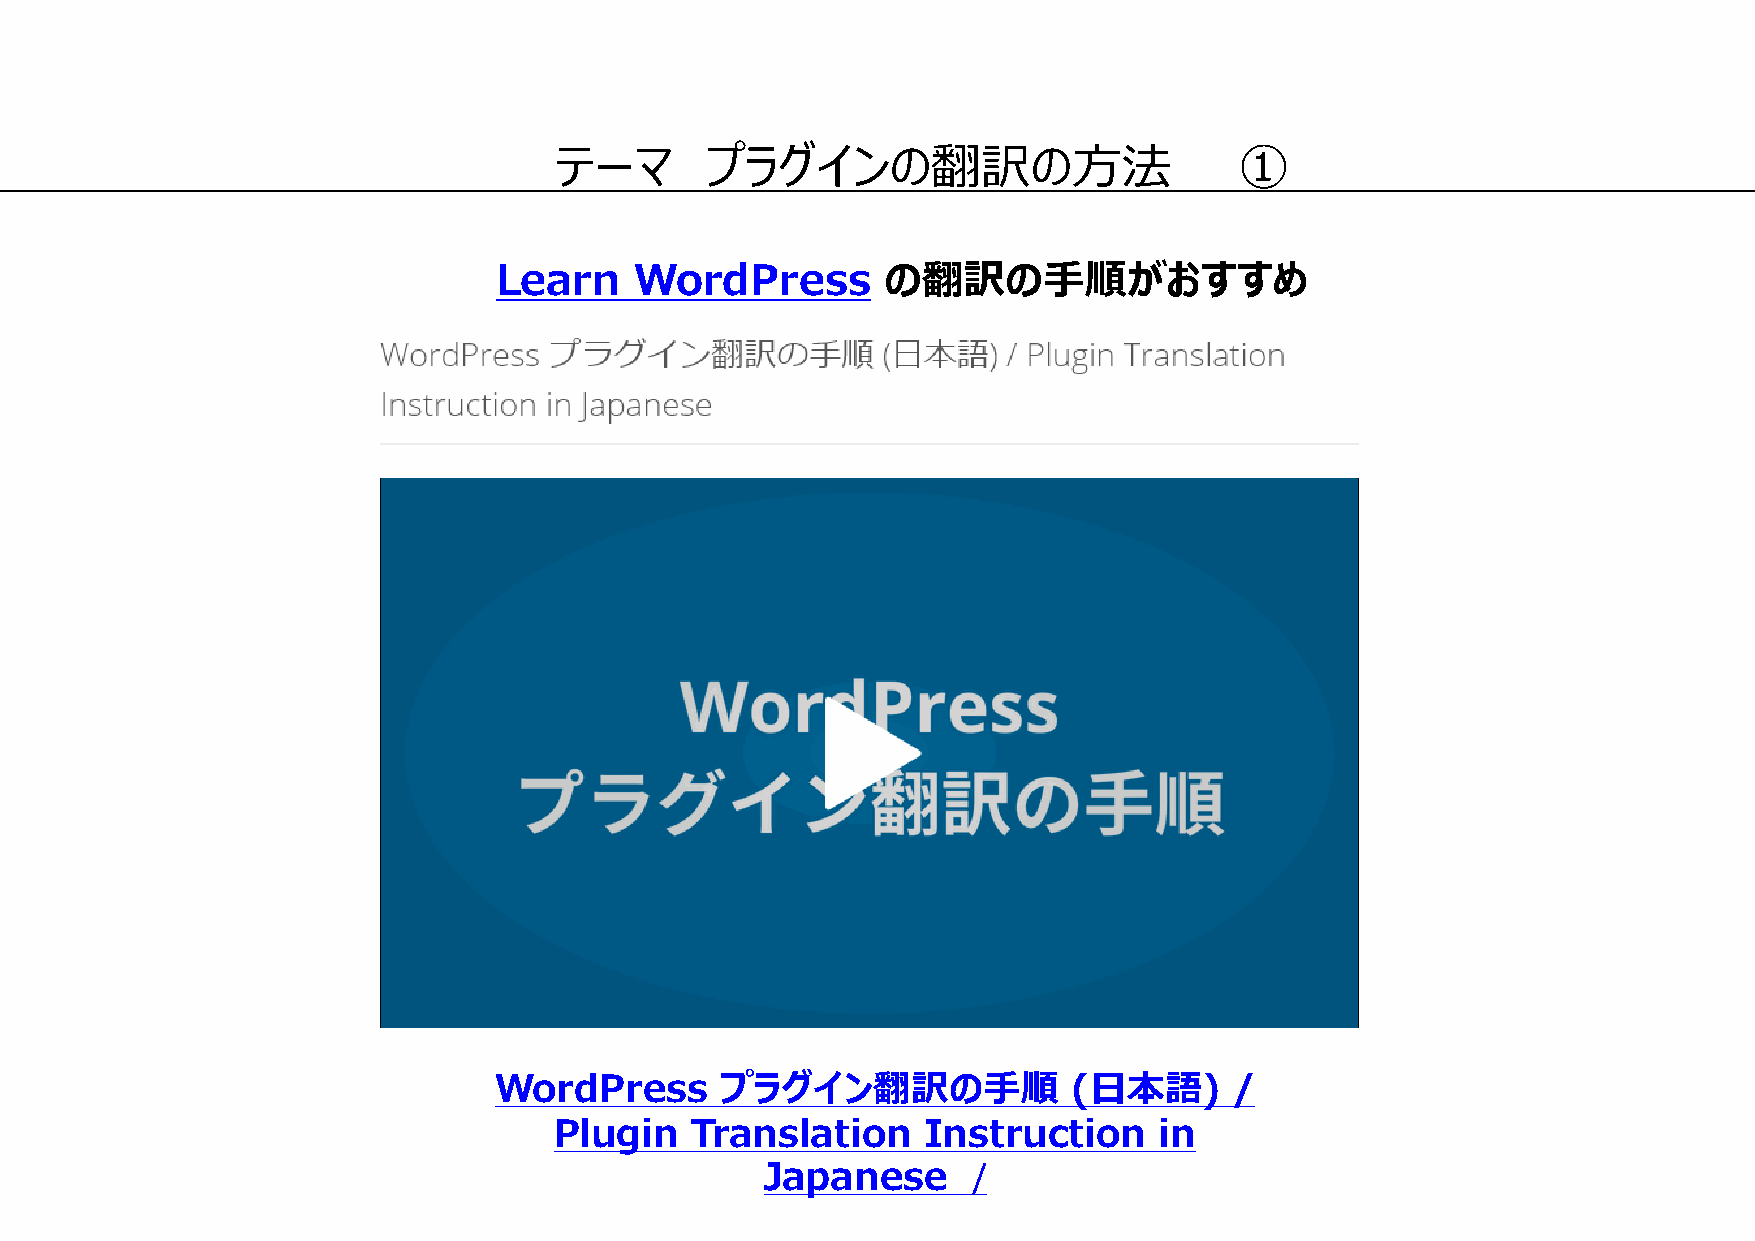
テーマ       プラグインの翻訳の方法                        ①
 Learn    WordPress        の翻訳の手順がおすすめ
 WordPress      プラグイン翻訳の手順             (日本語)      /
 Plugin   Translation    Instruction     in
 Japanese     /